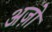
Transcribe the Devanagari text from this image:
अज़ो